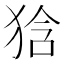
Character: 𤞻